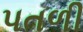
પતળી